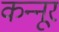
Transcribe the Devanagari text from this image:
कन्‍नूर